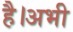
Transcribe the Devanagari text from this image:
है।अभी